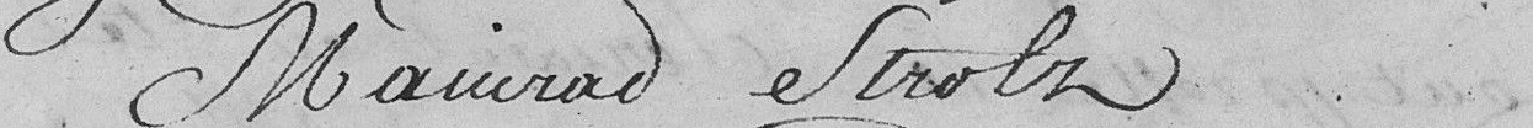
Mauirad Strolz